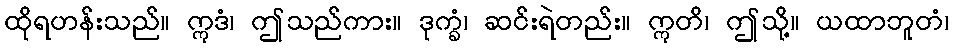
ထိုရဟန်းသည်။ ဣဒံ၊ ဤသည်ကား။ ဒုက္ခံ၊ ဆင်းရဲတည်း။ ဣတိ၊ ဤသို့။ ယထာဘူတံ၊